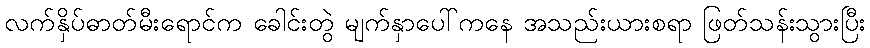
လက်နှိပ်ဓာတ်မီးရောင်က ခေါင်းတွဲ မျက်နှာပေါ်ကနေ အသည်းယားစရာ ဖြတ်သန်းသွားပြီး